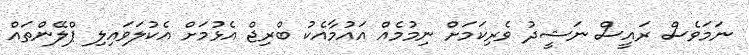
ނަމަވެސް ރައީސް ނަޝީދު ވެރިކަމަށް ނިމުމެއް އައުމާއެކު ބްރިޖް އެޅުމަށް އެކުލަވައިލި ޕްލޭންތައް